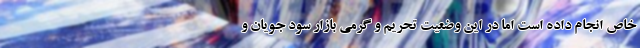
خاص انجام داده است اما در این وضعیت تحریم و گرمی بازار سود جویان و